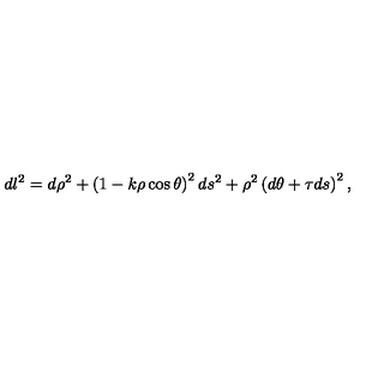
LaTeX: d l ^ { 2 } = d \rho ^ { 2 } + \left( 1 - k \rho \cos \theta \right) ^ { 2 } d s ^ { 2 } + \rho ^ { 2 } \left( d \theta + \tau d s \right) ^ { 2 } ,